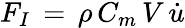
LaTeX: F_{I}\, =\, \rho\, C_{m}\, V\, {\dot{u}}